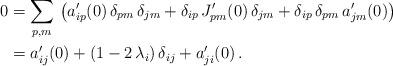
LaTeX: \begin{align*}0 &= \sum_{p,m} \, \left( a_{ip}'(0) \, \delta_{pm} \, \delta_{jm} + \delta_{ip} \, J_{pm}'(0) \, \delta_{jm} + \delta_{ip} \, \delta_{pm} \, a_{jm}'(0) \right) \\& = a_{ij}'(0) + (1 - 2 \, \lambda_i ) \, \delta_{ij} + a_{ji}'(0) \, .\end{align*}